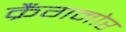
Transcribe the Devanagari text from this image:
क्रैंगनोर